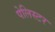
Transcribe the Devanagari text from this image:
पेलिस्टर